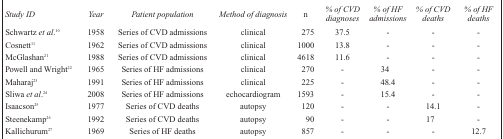
| Study ID | Year | Patient population | Method of diagnosis | n | % of CVD diagnoses | % of HF admissions | % of CVD deaths | % of HF deaths |
 | --- | --- | --- | --- | --- | --- | --- | --- | --- |
 | Schwartz et al.10 | 1958 | Series of CVD admissions | clinical | 275 | 37.5 | - | - | - |
 | Cosnett11 | 1962 | Series of CVD admissions | clinical | 1000 | 13.8 | - | - | - |
 | McGlashan21 | 1988 | Series of CVD admissions | clinical | 4618 | 11.6 | - | - | - |
 | Powell and Wright22 | 1965 | Series of HF admissions | clinical | 270 | - | 34 | - | - |
 | Maharaj23 | 1991 | Series of HF admissions | clinical | 225 | - | 48.4 | - | - |
 | Sliwa et al.24 | 2008 | Series of HF admissions | echocardiogram | 1593 | - | 15.4 | - | - |
 | Isaacson25 | 1977 | Series of CVD deaths | autopsy | 120 | - | - | 14.1 | - |
 | Steenekamp26 | 1992 | Series of CVD deaths | autopsy | 90 | - | - | 17 | - |
 | Kallichurum27 | 1969 | Series of HF deaths | autopsy | 857 | - | - | - | 12.7 |